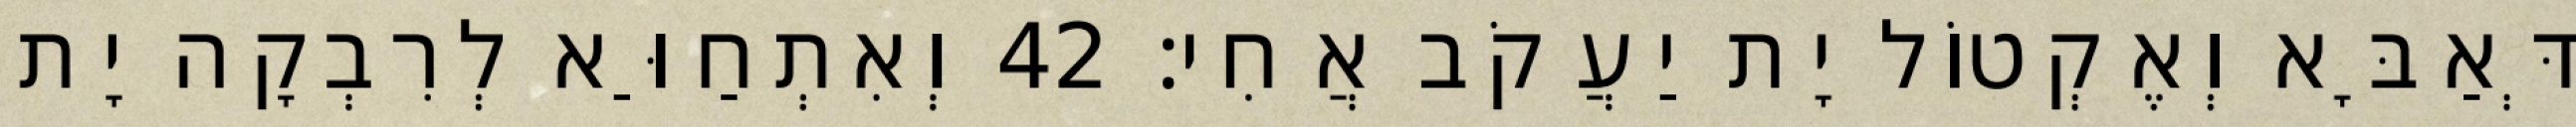
דְּאַבָּא וְאֶקְטוֹל יָת יַעֲקֹב אֲחִי׃ 42 וְאִתְחַוַּא לְרִבְקָה יָת